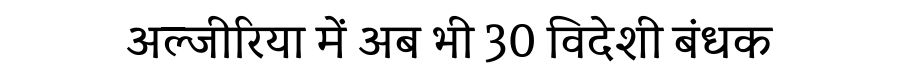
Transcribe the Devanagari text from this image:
अल्जीरिया में अब भी 30 विदेशी बंधक